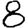
Digit: 8